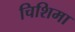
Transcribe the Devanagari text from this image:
चिशिमा